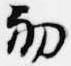
初